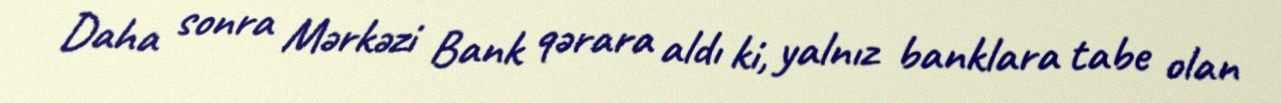
Daha sonra Mərkəzi Bank qərara aldı ki, yalnız banklara tabe olan